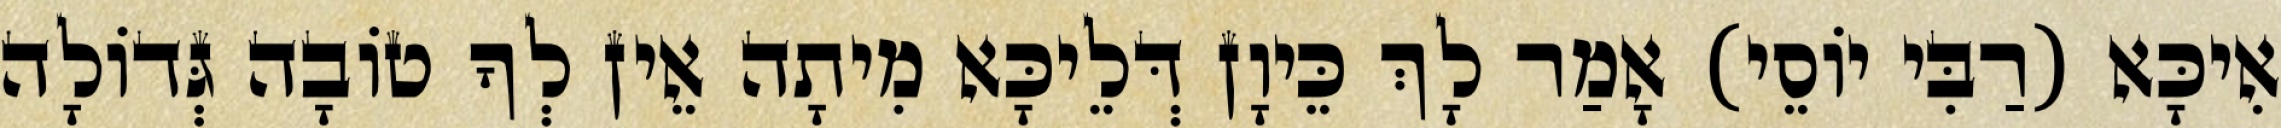
אִיכָּא (רַבִּי יוֹסֵי) אָמַר לָךְ כֵּיוָן דְּלֵיכָּא מִיתָה אֵין לְךָ טוֹבָה גְּדוֹלָה